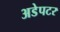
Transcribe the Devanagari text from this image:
अडेपटर